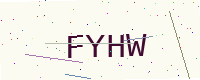
Text: FYHW